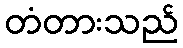
တံတားသည်